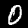
Label: 0